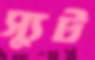
স্যুট